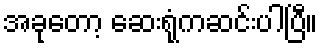
အခုတော့ ဆေးရုံကဆင်းပါပြီ။